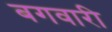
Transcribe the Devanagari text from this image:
बगवारी